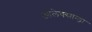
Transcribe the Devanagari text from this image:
आलेक्सान्ड्रा